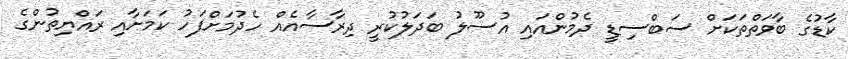
ކާޑުގެ ބާވަތްތަކަށް ސަބްސިޑީ ދެމުންއައި އުސޫލު ބަދަލުކުރީ ދިރާސާއެއް ހެދުމަށްފަހު ކަމަށާއި ރައްޔިތުންގެ